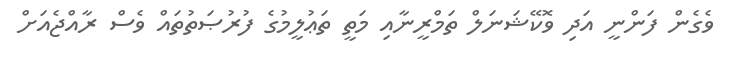
ވެގެން ފަންނީ އަދި ވޮކޭޝަނަލް ތަމްރީނާއި މަތީ ތަޢުލީމުގެ ފުރުޞަތުތައް ވެސް ރާއްޖެއަށް